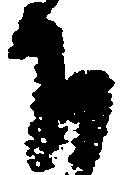
下